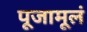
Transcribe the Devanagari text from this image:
पूजामूलं